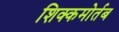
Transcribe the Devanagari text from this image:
शिक्कमोर्तब